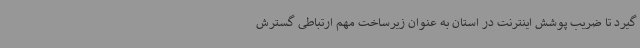
گیرد تا ضریب پوشش اینترنت در استان به عنوان زیرساخت مهم ارتباطی گسترش